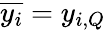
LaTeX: \overline{{y_{i}}}=y_{i,Q}